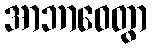
အာဘာဝေတွာ